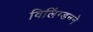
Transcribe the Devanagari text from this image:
विलिंग्डनने